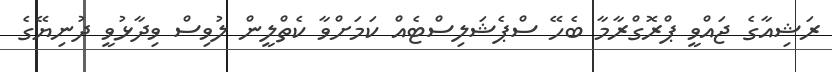
ރަޝިއާގެ ޖައްވީ ޕްރޮގްރާމާ ބެހޭ ސްޕެޝަލިސްޓެއް ކަމަށްވާ ކެތްލީން ލުވިސް ވިދާޅުވީ ދުނިޔޭގެ